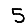
Digit: 5